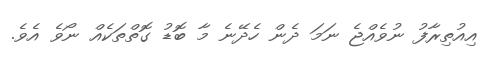
އިއުތިރާފު ނުވެއްޖެ ނަމަ ދެން ހެދޭނެ މާ ބޮޑު ގޮތްތަކެއް ނޯވެ އެވެ.